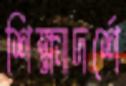
শিক্ষাদর্শে